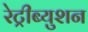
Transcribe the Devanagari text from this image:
रेट्रीब्युशन